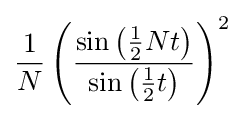
{\frac {1}{N}}\left({\frac {\sin \left({\frac {1}{2}}Nt\right)}{\sin \left({\frac {1}{2}}t\right)}}\right)^{2}